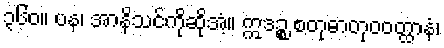
၃၆၀။ ပန၊ အာနိသင်ကိုဆိုအံ့။ ဣဒဉ္စ စတုဓာတုဝဝတ္ထာနံ၊